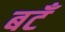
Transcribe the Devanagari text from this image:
बटँ